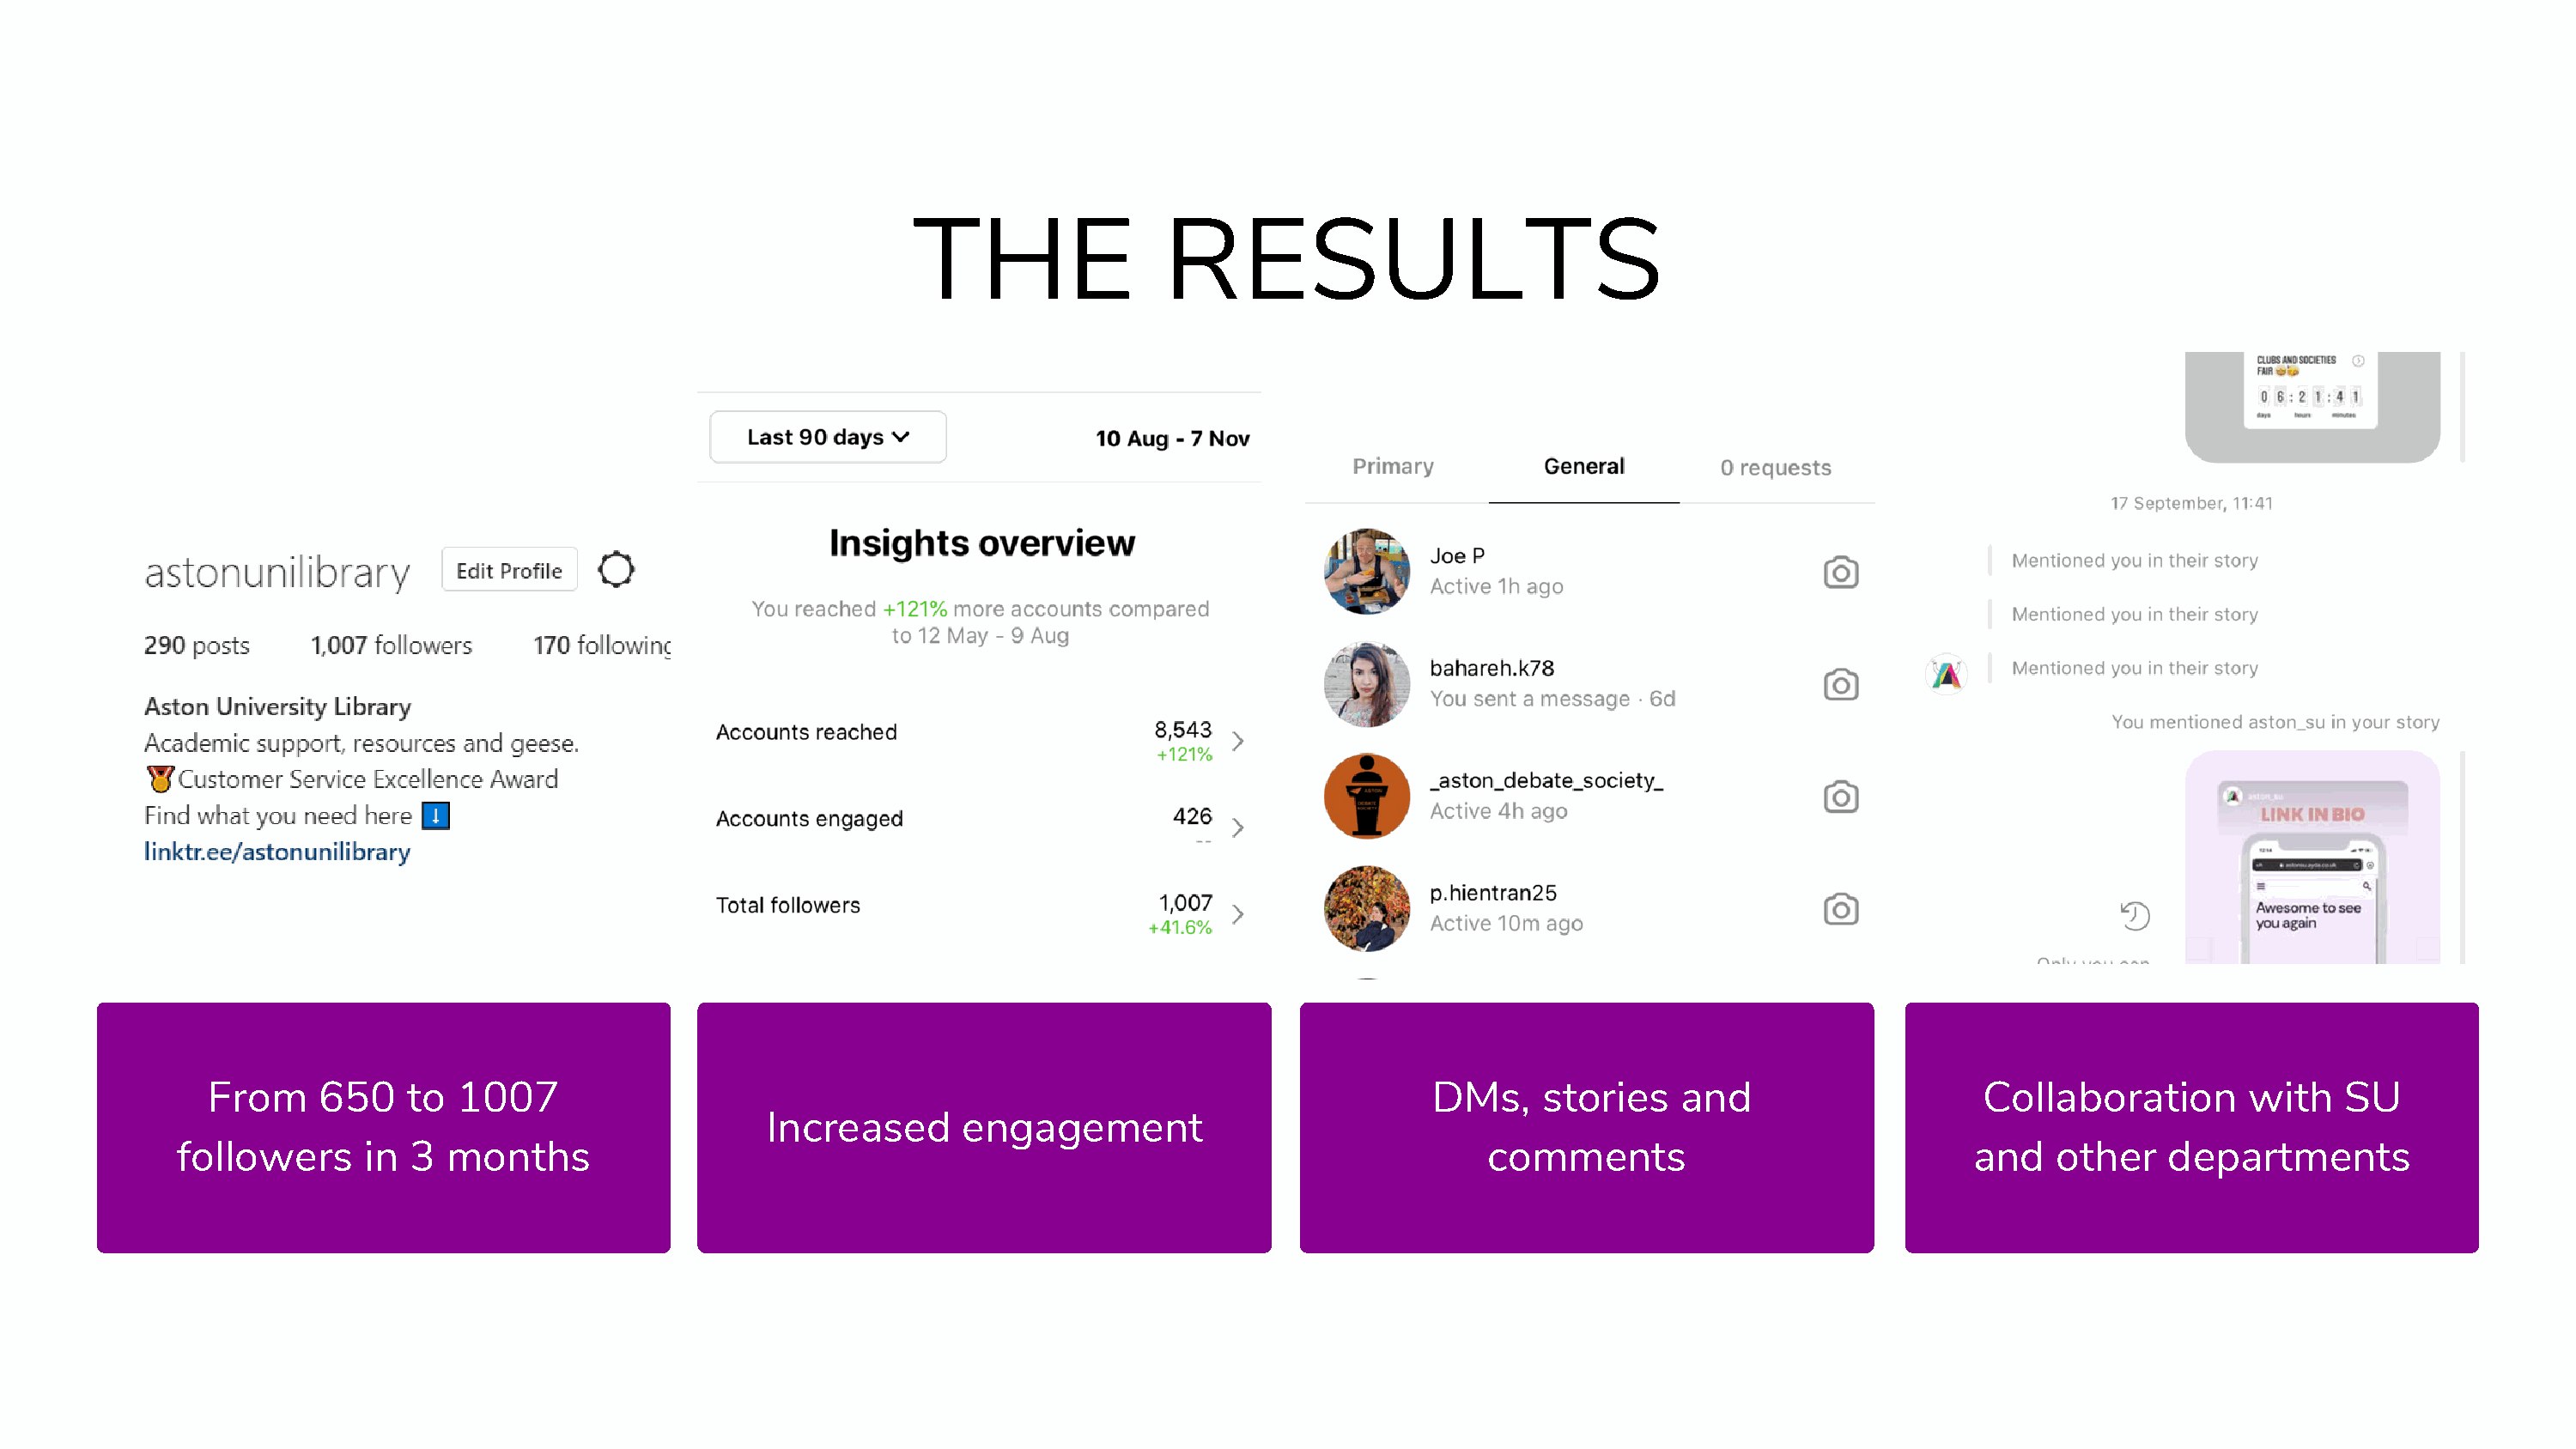
THE                 RESULTS
 From     650   to  1007                                                                       DMs,     stories    and                    Collaboration       with    SU
 Increased      engagement
 followers     in  3 months                                                                           comments                             and    other   departments